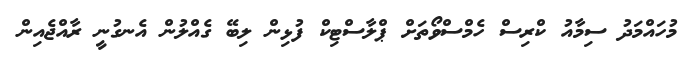
މުހައްމަދު ސިމާއު ކްރިސް ހެމްސްވޯތަށް ޕްލާސްޓިކް ފުޅިން ލިބޭ ގެއްލުން އެނގުނީ ރާއްޖެއިން